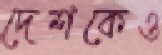
দেশকেও